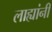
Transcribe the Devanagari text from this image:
लाह्यांनी